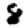
Digit: 8